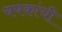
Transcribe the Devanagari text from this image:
चषकांची